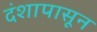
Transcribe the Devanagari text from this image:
दंशापासून